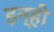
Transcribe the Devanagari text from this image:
इन्‍ही